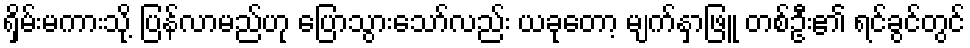
ရှိမ်းမကားသို့ ပြန်လာမည်ဟု ပြောသွားသော်လည်း ယခုတော့ မျက်နှာဖြူ တစ်ဦး၏ ရင်ခွင်တွင်